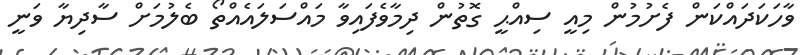
ވާހަކަދައްކަން ފެށުމުން މިއީ ސިއްޙީ ގޮތުން ދިމާވެފައިވާ މައްސަލައެއްތޯ ބެލުމަށް ސާދިޔާ ވަނީ